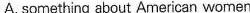
A.something about American women